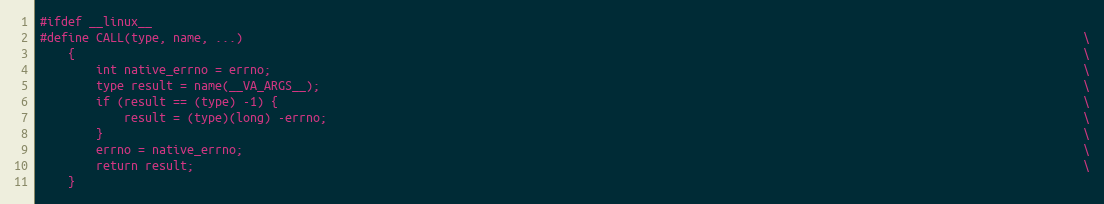
Language: C
#ifdef __linux__
#define CALL(type, name, ...)                                                                                                                        \
    {                                                                                                                                                \
        int native_errno = errno;                                                                                                                    \
        type result = name(__VA_ARGS__);                                                                                                             \
        if (result == (type) -1) {                                                                                                                   \
            result = (type)(long) -errno;                                                                                                            \
        }                                                                                                                                            \
        errno = native_errno;                                                                                                                        \
        return result;                                                                                                                               \
    }